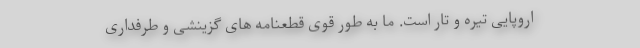
اروپایی تیره و تار است. ما به طور قوی قطعنامه های گزینشی و طرفداری